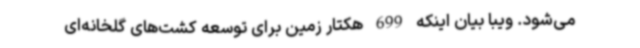
می‌شود. ویبا بیان اینکه 699 هکتار زمین برای توسعه کشت‌های گلخانه‌ای